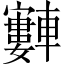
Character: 𫐂